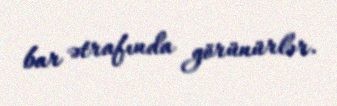
bar ətrafında görünürlər.